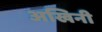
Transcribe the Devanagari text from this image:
अखिनी